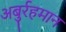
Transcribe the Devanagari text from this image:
अबुर्रहमान